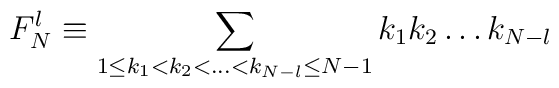
F^l_N \equiv \sum_{1\leq k_1 <k_2<\dots<k_{N-l}\leq N-1} k_1 k_2\dots k_{N-l}